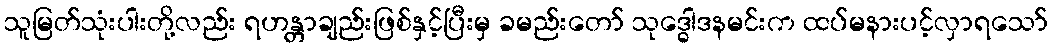
သူမြတ်သုံးပါးတို့လည်း ရဟန္တာချည်းဖြစ်နှင့်ပြီးမှ ခမည်းတော် သုဒ္ဓေါဒနမင်းက ထပ်မနားပင့်လှာရသော်